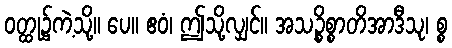
ဝတ္ထု၌ကဲ့သို့။ ပေ။ ဧဝံ၊ ဤသို့လျှင်။ အသဉ္စိစ္စာတိအာဒီသု၊ စ္စ